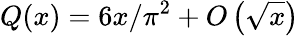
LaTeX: Q(x)=6x/\pi^{2}+O\left({\sqrt{x}}\right)